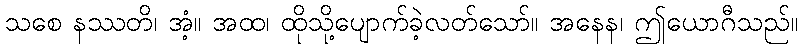
သစေ နဿတိ၊ အံ့။ အထ၊ ထိုသို့ပျောက်ခဲ့လတ်သော်။ အနေန၊ ဤယောဂီသည်။